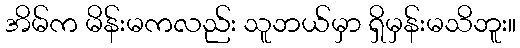
အိမ်က မိန်းမကလည်း သူဘယ်မှာ ရှိမှန်းမသိဘူး။